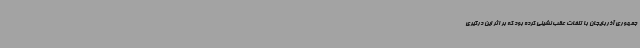
جمهوری آذربایجان با تلفات عقب نشینی کرده بود که بر اثر این درگیری